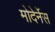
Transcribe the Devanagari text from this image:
मोदेर्नेस